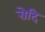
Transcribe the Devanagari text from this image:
रोदि